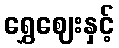
ရွှေဈေးနှင့်